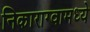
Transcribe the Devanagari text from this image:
निकाराग्वामध्ये